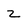
Character: 2